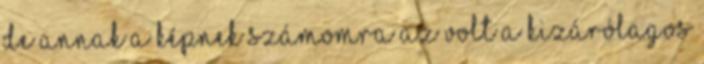
De annak a képnek számomra az volt a kizárólagos